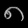
Digit: ၈